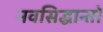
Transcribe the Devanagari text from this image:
नवसिद्धान्तों